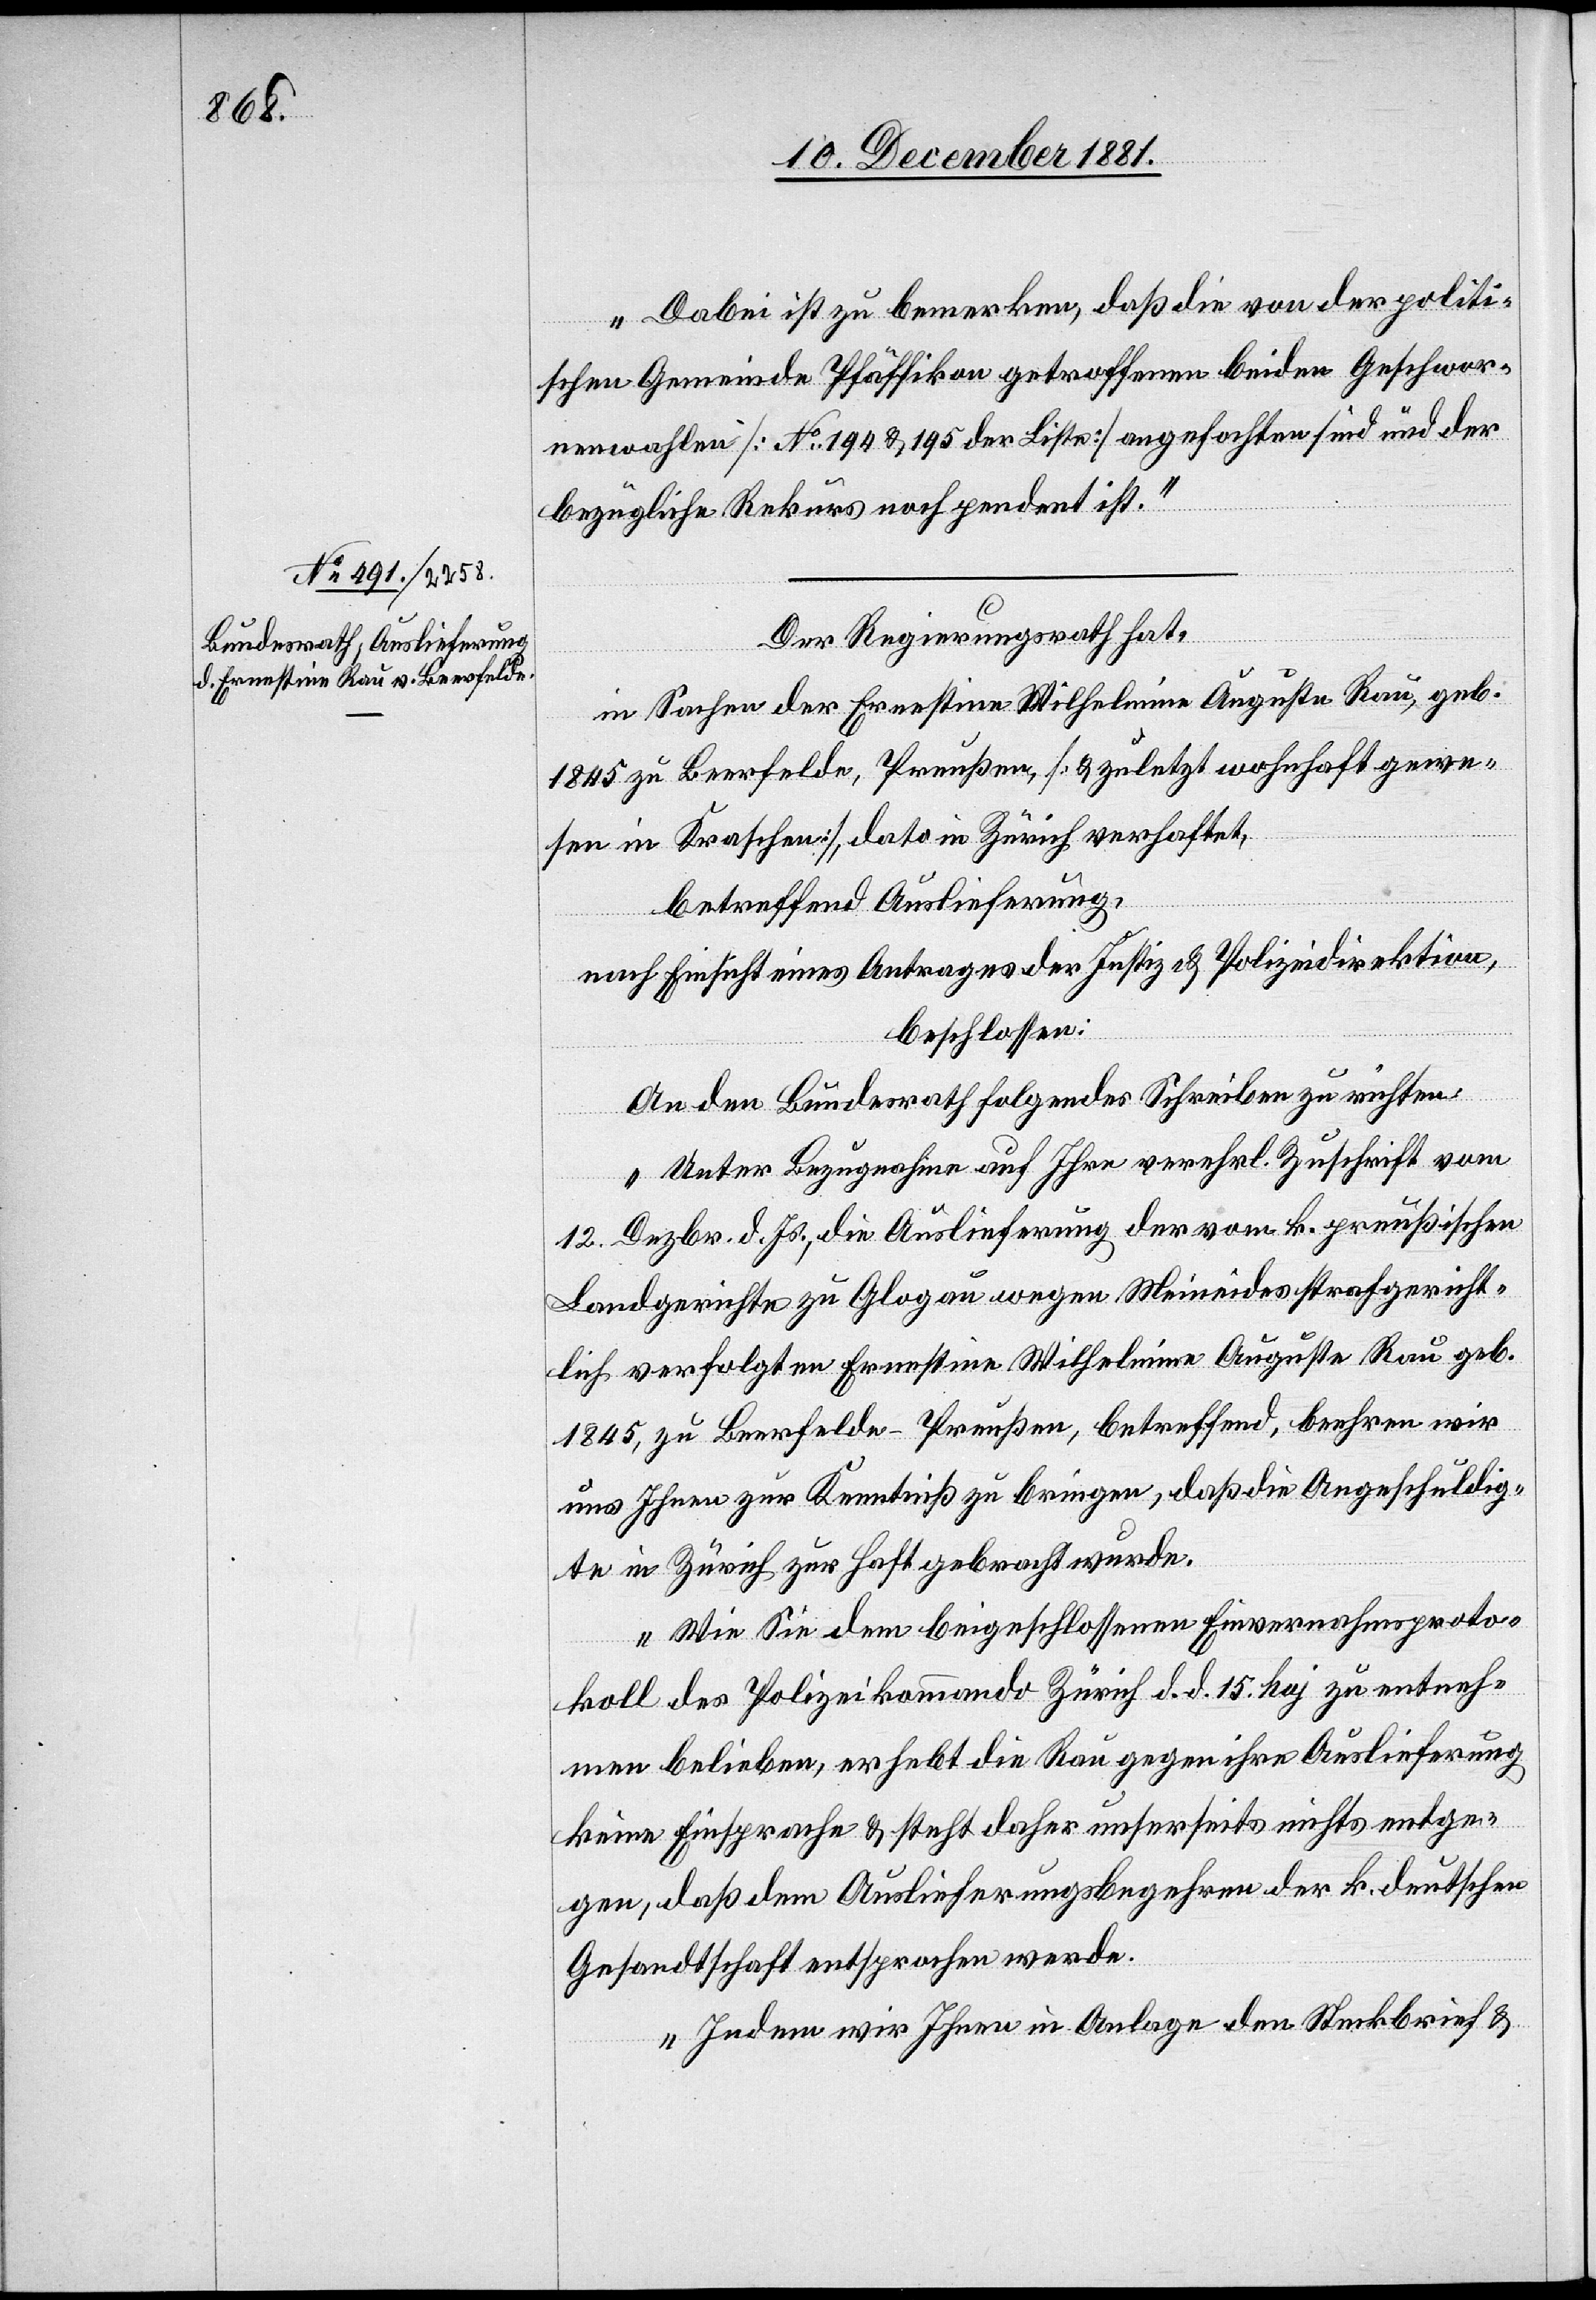
16. December 1881.]
Dabei ist zu bemerken, daß die von der politi¬
schen Gemeinde Pfäffikon getroffenen beiden Geschwor¬
nenwahlen [No 194 & 195 der Liste] angefochten sind und der
bezügliche Rekurs noch pendent ist.“
Der Regierungsrath hat,
in Sachen der Ernestine Wilhelmine Auguste Rau, geb.
1845 zu Beerfelde, Preußen, [& zuletzt wohnhaft gewe¬
sen in Kraschen], dato in Zürich verhaftet,
betreffend Auslieferung,
nach Einsicht eines Antrages der Justiz- & Polizeidirektion,
beschlossen:
An den Bundesrath folgendes Schreiben zu richten:
„Unter Bezugnahme auf Ihre verehrl. Zuschrift vom
12. Dezbr. d. Js., die Auslieferung der vom k. preußischen
Landgerichte zu Glogau wegen Meineides strafgericht¬
lich verfolgten Ernestine Wilhelmine Auguste Rau geb.
1845, zu Beerfelde - Preußen, betreffend, beehren wir
uns Ihnen zur Kenntniß zu bringen, daß die Angeschuldig¬
te in Zürich zur Haft gebracht wurde.
Wie Sie dem beigeschlossenen Einvernahmsproto¬
koll des Polizeikommando Zürich d. d. 15. haj zu entneh¬
men belieben, erhebt die Rau gegen ihre Auslieferung
keine Einsprache & steht daher unserseits nichts entge¬
gen, daß dem Auslieferungsbegehren der k. deutschen
Gesandtschaft entsprochen werde.
Indem wir Ihnen in Anlage den Steckbrief &